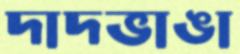
দাদভাঙা